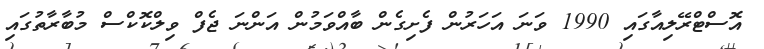
އޮސްޓްރޭލިއާގައި 1990 ވަނަ އަހަރުން ފެށިގެން ބާއްވަމުން އަންނަ ޖެފް ވިލްކޮކްސް މުބާރާތުގައި